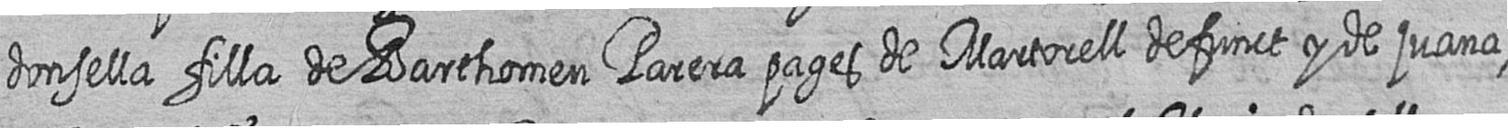
donsella filla de Barthomeu Parera pages de Martorell defunct y de juana